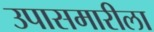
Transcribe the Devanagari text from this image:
उपासमारीला